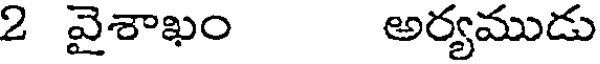
2 వైశాఖం అర్యముడు